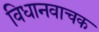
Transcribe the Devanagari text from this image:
विधानवाचक